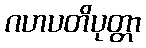
ဂဟပတိပုတ္တာ